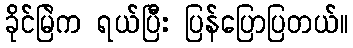
ခိုင်မြဲက ရယ်ပြီး ပြန်ပြောပြတယ်။